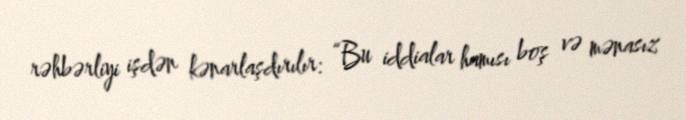
rəhbərliyi işdən kənarlaşdırılır: “Bu iddialar hamısı boş və mənasız